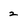
Character: 2